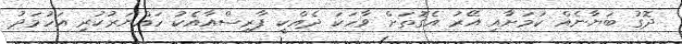
ދޮގު ބަޔާނެއް ކަމަށާއި އޭރު އެގޮތަށް ވާހަކަ ދެއްކީ ފާރިސްއާއެކު ހައްޔަރުކުރި އަހުމަދު